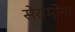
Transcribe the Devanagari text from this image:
सेरामोना